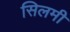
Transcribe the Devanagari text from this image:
सिलमी